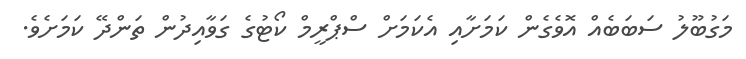
މަގުބޫލު ސަބަބެއް އޮވެގެން ކަމަށާއި އެކަމަށް ސްޕްރީމް ކޯޓުގެ ގަވާއިދުން ތަންދޭ ކަމަށެވެ.